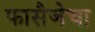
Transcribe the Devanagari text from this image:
फासैजेचा